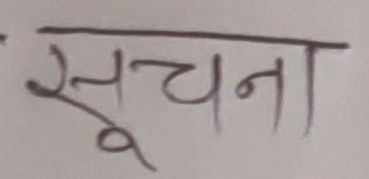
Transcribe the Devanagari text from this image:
सूचना